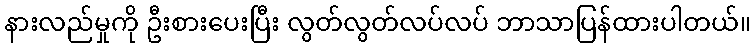
နားလည်မှုကို ဦးစားပေးပြီး လွတ်လွတ်လပ်လပ် ဘာသာပြန်ထားပါတယ်။